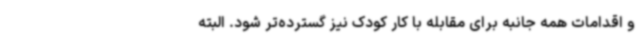
و اقدامات همه جانبه برای مقابله با کار کودک نیز گسترده‌تر شود. البته